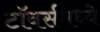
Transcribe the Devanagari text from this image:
टॉवर्समध्ये